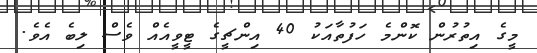
މީގެ އިތުރުން ކޮންމެ ހަފުތާއަކު 40 އިންޗީގެ ޓީވީއެއް ވެސް ލިބެ އެވެ.